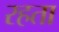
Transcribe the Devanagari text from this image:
रहता